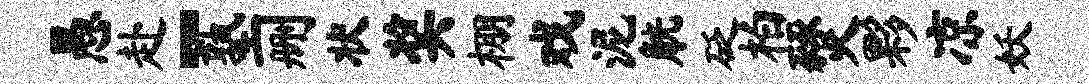
愚赴-塾删状奖棚戏泥觥砭柏燹夥凉妖